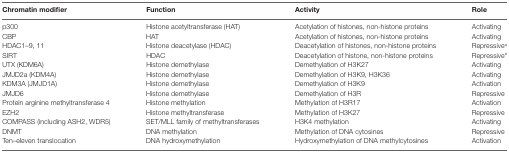
<table><thead><tr><td><b>Chromatin modifier</b></td><td><b>Function</b></td><td><b>Activity</b></td><td><b>Role</b></td></tr></thead><tbody><tr><td>p300</td><td>Histone acetyltransferase (HAT)</td><td>Acetylation of histones, non-histone proteins</td><td>Activating</td></tr><tr><td>CBP</td><td>HAT</td><td>Acetylation of histones, non-histone proteins</td><td>Activating</td></tr><tr><td>HDAC1–9, 11</td><td>Histone deacetylase (HDAC)</td><td>Deacetylation of histones, non-histone proteins</td><td>Repressive<sup>a</sup></td></tr><tr><td>SIRT</td><td>HDAC</td><td>Deacetylation of histone, non-histone proteins</td><td>Repressive<sup>a</sup></td></tr><tr><td>UTX (KDM6A)</td><td>Histone demethylase</td><td>Demethylation of H3K27</td><td>Activating</td></tr><tr><td>JMJD2a (KDM4A)</td><td>Histone demethylase</td><td>Demethylation of H3K9, H3K36</td><td>Activating</td></tr><tr><td>KDM3A (JMJD1A)</td><td>Histone demethylase</td><td>Demethylation of H3K9</td><td>Activation</td></tr><tr><td>JMJD6</td><td>Histone demethylase</td><td>Demethylation of H3R</td><td>Repressive</td></tr><tr><td>Protein arginine methyltransferase 4</td><td>Histone methylation</td><td>Methylation of H3R17</td><td>Activation</td></tr><tr><td>EZH2</td><td>Histone methyltransferase</td><td>Methylation of H3K27</td><td>Repressive</td></tr><tr><td>COMPASS (including ASH2, WDR5)</td><td>SET/MLL family of methyltransferases</td><td>H3K4 methylation</td><td>Activating</td></tr><tr><td>DNMT</td><td>DNA methylation</td><td>Methylation of DNA cytosines</td><td>Repressive</td></tr><tr><td>Ten–eleven translocation</td><td>DNA hydroxymethylation</td><td>Hydroxymethylation of DNA methylcytosines</td><td>Activation</td></tr></tbody></table>